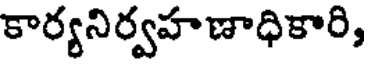
కార్యనిర్వహణాధికారి,